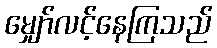
မျှော်လင့်နေကြသည်